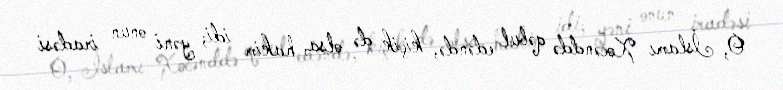
O, İslamı Xocənddə qəbul edəndə, kiçik də olsa, hakim idi; yəni onun iradəsi